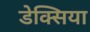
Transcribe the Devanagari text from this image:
डेक्सिया